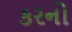
કરનો